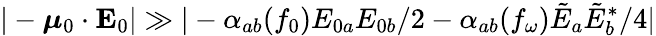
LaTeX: |-\boldsymbol{\mu}_{0}\cdot\mathbf{E}_{0}|\gg|-\alpha_{ab}(f_{0})E_{0a}E_{0b}/2-\alpha_{ab}(f_{\omega})\tilde{E}_{a}\tilde{E}_{b}^{\ast}/4|